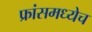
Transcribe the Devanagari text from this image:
फ्रांसमध्येच